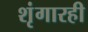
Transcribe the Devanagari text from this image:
शृंगारही